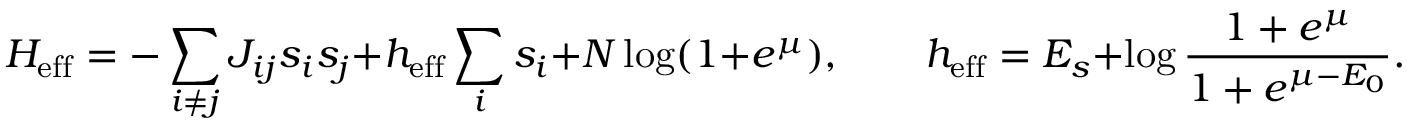
H _ { \mathrm { e f f } } = - \sum _ { i \neq j } J _ { i j } s _ { i } s _ { j } + h _ { \mathrm { e f f } } \sum _ { i } s _ { i } + N \log ( 1 + e ^ { \mu } ) , \quad \quad h _ { \mathrm { e f f } } = E _ { s } + \log \frac { 1 + e ^ { \mu } } { 1 + e ^ { \mu - E _ { 0 } } } .